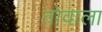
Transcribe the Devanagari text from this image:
तोवाला